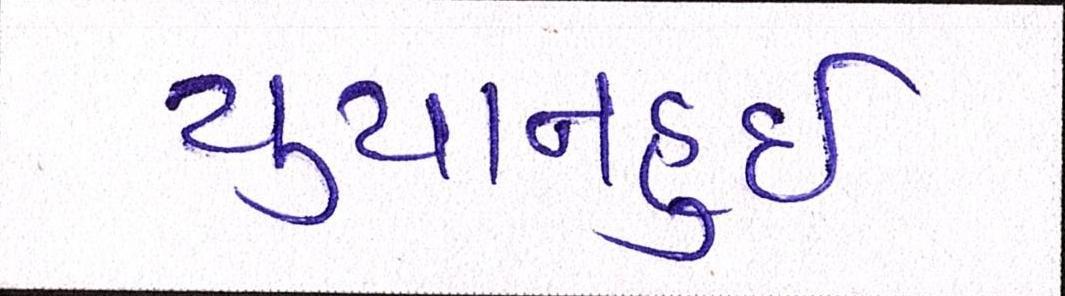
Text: યુયાનહુઈ